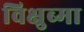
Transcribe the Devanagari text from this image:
विक्षुब्मा